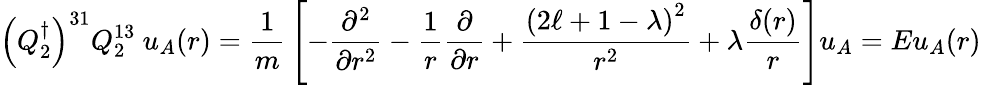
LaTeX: \left(Q_{2}^{\dagger}\right)^{31}Q_{2}^{13}\ u_{A}({r})={\frac{1}{m}}\left[-{\frac{\partial^{2}}{\partial r^{2}}}-{\frac{1}{r}}{\frac{\partial}{\partial r}}+{\frac{\left(2\ell+1-\lambda\right)^{2}}{r^{2}}}+\lambda{\frac{\delta(r)}{r}}\right]u_{A}=Eu_{A}({r})